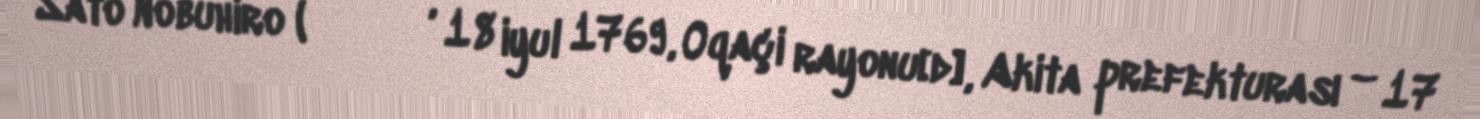
Sato Nobuhiro (佐藤 信淵, 18 iyul 1769, Oqaçi rayonu[d], Akita prefekturası – 17